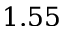
1 . 5 5